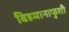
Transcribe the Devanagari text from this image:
विहमानाफुशी